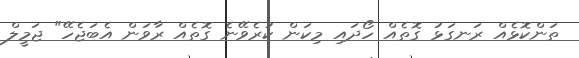
ތަންކޮޅެއް ރަނގަޅު ގޮތެއް ހޯދައި މިކަން ކުރެވޭނެ ގޮތެއް ރާވަން އެބަޖެހޭ" ޖަމީލް